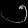
Digit: ၅